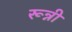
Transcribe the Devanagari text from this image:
रून्नी